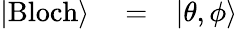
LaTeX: \begin{array}{rlr}{|\mathrm{Bloch}\rangle}&{{}=}&{|\theta,\phi\rangle}\end{array}